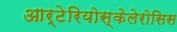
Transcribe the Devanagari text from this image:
आर्टेरियोस्केलेरोसिस